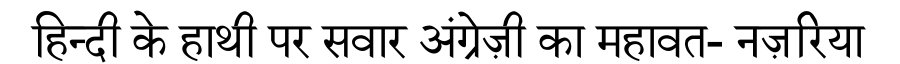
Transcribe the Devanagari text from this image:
हिन्दी के हाथी पर सवार अंग्रेज़ी का महावत- नज़रिया